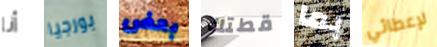
أنا بورجيا بعض قطتك بما لإعطائي